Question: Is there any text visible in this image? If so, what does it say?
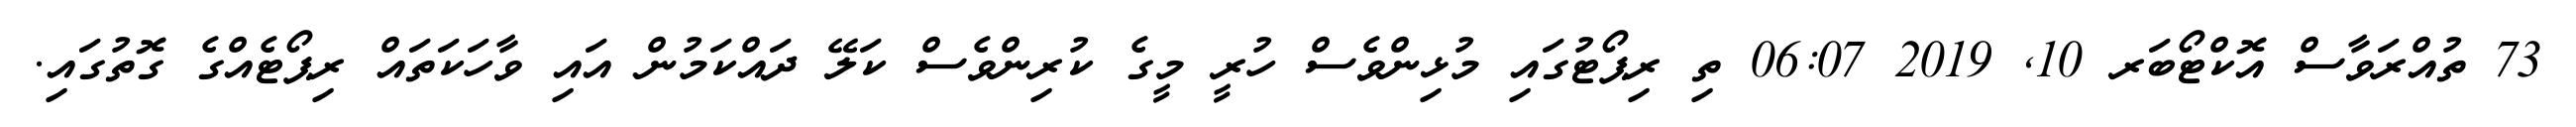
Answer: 73 ތުއްރަވާސް އޮކްޓޯބަރ 10, 2019 06:07 ތި ރިޕޯޓުގައި މުޅިންވެސް ހުރީ މީގެ ކުރިންވެސް ކަލޭ ދައްކަމުން އައި ވާހަކަތައް ރިޕޯޓެއްގެ ގޮތުގައި.